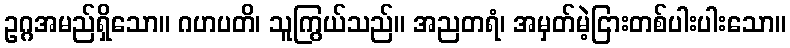
ဥဂ္ဂအမည်ရှိသော။ ဂဟပတိ၊ သူကြွယ်သည်။ အညတရံ၊ အမှတ်မဲ့ငြားတစ်ပါးပါးသော။